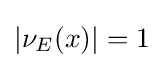
|\nu _{E}(x)|=1